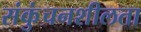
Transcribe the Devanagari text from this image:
संकुंचनशीलता